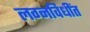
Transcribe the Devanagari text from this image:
लग्नविधींत